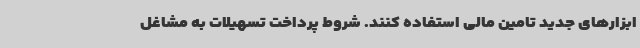
ابزارهای جدید تامین مالی استفاده کنند. شروط پرداخت تسهیلات به مشاغل